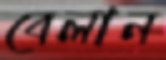
বেলান